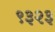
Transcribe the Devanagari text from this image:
९३२३